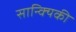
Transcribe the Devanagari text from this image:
सान्क्यिकी